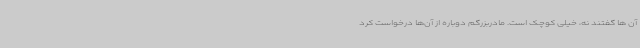
آن ها گفتند نه، خیلی کوچک است. مادربزرگم دوباره از آن‌ها درخواست کرد